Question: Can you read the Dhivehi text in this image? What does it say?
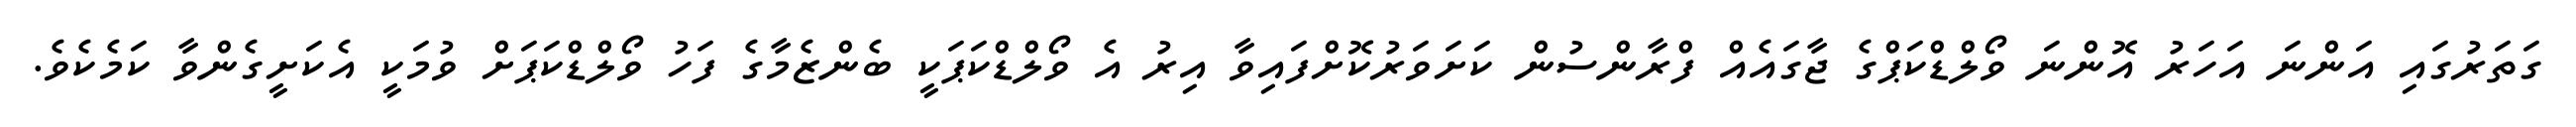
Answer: ގަތަރުގައި އަންނަ އަހަރު އޮންނަ ވޯލްޑްކަޕްގެ ޖާގައެއް ފްރާންސުން ކަށަވަރުކޮށްފައިވާ އިރު އެ ވޯލްޑްކަޕަކީ ބެންޒެމާގެ ފަހު ވޯލްޑްކަޕަށް ވުމަކީ އެކަށީގެންވާ ކަމެކެވެ.